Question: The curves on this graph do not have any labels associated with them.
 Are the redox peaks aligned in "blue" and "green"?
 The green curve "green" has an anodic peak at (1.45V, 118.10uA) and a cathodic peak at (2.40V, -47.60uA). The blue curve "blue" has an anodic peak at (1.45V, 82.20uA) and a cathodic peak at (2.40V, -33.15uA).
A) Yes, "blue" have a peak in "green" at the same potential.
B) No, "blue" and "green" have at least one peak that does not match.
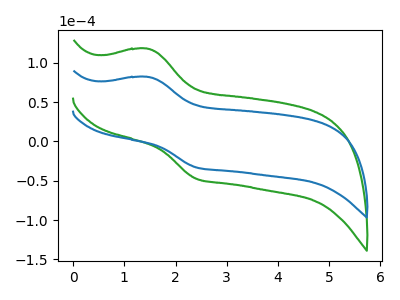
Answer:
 <answer>A) Yes, "blue" have a peak in "green" at the same potential.</answer>
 <eval>A</eval>